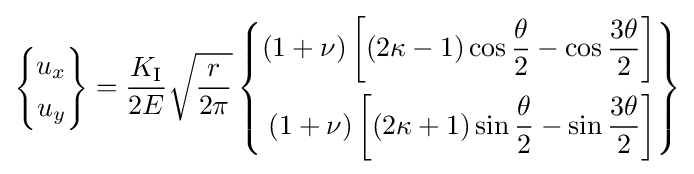
\left\{{\begin{aligned}u_{x}\\u_{y}\end{aligned}}\right\}={\frac {K_{\rm {I}}}{2E}}{\sqrt {\frac {r}{2\pi }}}\left\{{\begin{aligned}(1+\nu )\left[(2\kappa -1)\cos {\frac {\theta }{2}}-\cos {\frac {3\theta }{2}}\right]\\(1+\nu )\left[(2\kappa +1)\sin {\frac {\theta }{2}}-\sin {\frac {3\theta }{2}}\right]\end{aligned}}\right\}